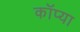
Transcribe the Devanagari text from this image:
कॉप्या